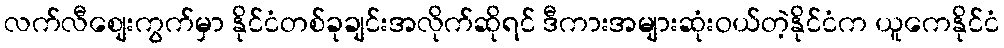
လက်လီစျေးကွက်မှာ နိုင်ငံတစ်ခုချင်းအလိုက်ဆိုရင် ဒီကားအများဆုံးဝယ်တဲ့နိုင်ငံက ယူကေနိုင်ငံ